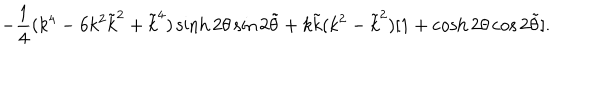
LaTeX: - \frac { 1 } { 4 } ( k ^ { 4 } - 6 k ^ { 2 } \tilde { k } ^ { 2 } + \tilde { k } ^ { 4 } ) \sinh 2 \theta \sin 2 \tilde { \theta } + k \tilde { k } ( k ^ { 2 } - \tilde { k } ^ { 2 } ) [ 1 + \cosh 2 \theta \cos 2 \tilde { \theta } ] .